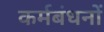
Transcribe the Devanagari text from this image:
कर्मबंधनों